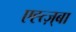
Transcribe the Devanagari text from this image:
एह्त्ज़्बा